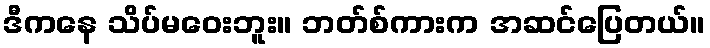
ဒီကနေ သိပ်မဝေးဘူး။ ဘတ်စ်ကားက အဆင်ပြေတယ်။